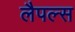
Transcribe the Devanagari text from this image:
लैपल्स